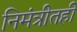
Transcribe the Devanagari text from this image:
निमंत्रीतही